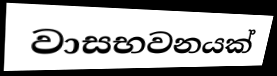
වාසභවනයක්